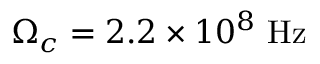
\Omega _ { c } = 2 . 2 \times 1 0 ^ { 8 } ~ \mathrm { H z }